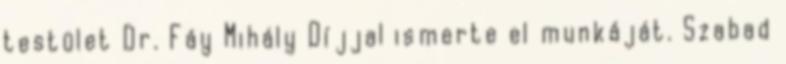
testület Dr. Fáy Mihály Díjjal ismerte el munkáját. Szabad